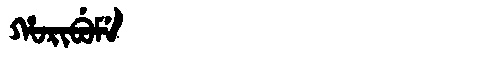
Manchu: ᡥᠣᡵᡳᠪᡠᠮᡝ
Romanization: HORIBUME